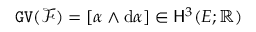
\mathtt { G V } ( { \mathcal F } ) = [ \alpha \wedge \mathrm { d } \alpha ] \in { \mathsf { H } } ^ { 3 } ( E ; \mathbb { R } )